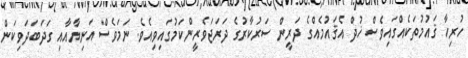
ހުރިހާ ޤައުމުތަކެއްގައިވެސް ޚުދް އެޤައުމެއްގެ ދަރީން ސަރުކާރުގެ ދަރަޖަވެރީންކަމުގައިވިއެވެ. ނަމަވެސް އަނިޔާއާއި ގަދަބަދަވިކަން